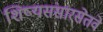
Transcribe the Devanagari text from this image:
शिष्यसंसारसेतवे